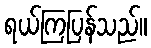
ရယ်ကြပြန်သည်။